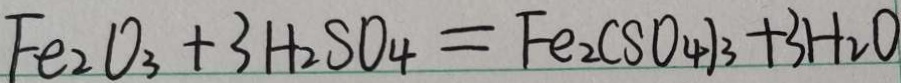
F e _ { 2 } O _ { 3 } + 3 H _ { 2 } S O _ { 4 } = F e _ { 2 } ( S O _ { 4 } \vert ) _ { 3 } + 3 H _ { 2 } O